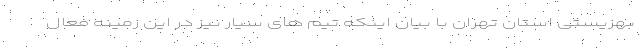
بهزیستی استان تهران با بیان اینکه تیم های سیار نیز در این زمینه فعال